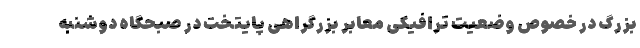
بزرگ در خصوص وضعیت ترافیکی معابر بزرگراهی پایتخت در صبحگاه دوشنبه